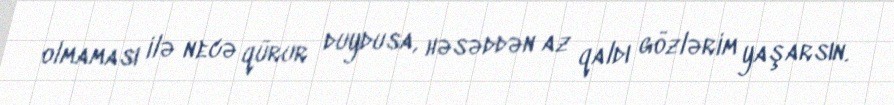
olmaması ilə necə qürur duydusa, həsəddən az qaldı gözlərim yaşarsın.